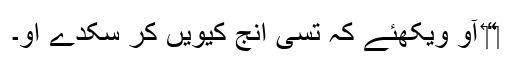
‏“‏ آؤ ویکھئے کہ تُسی اِنج کیویں کر سکدے او۔